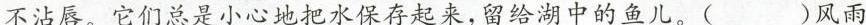
不沾唇。它们总是小心地把水保存起来，留给湖中的鱼儿。( )风雨